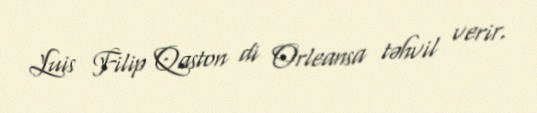
Luis Filip Qaston di Orleansa təhvil verir.